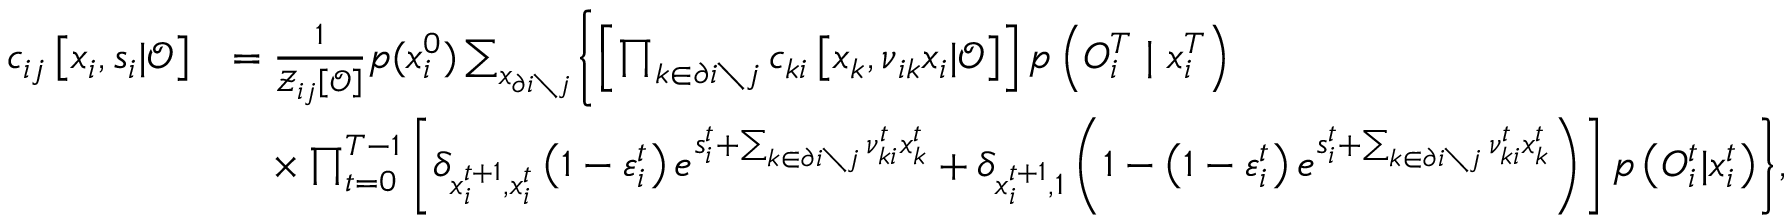
\begin{array} { r l } { c _ { i j } \left[ \boldsymbol { x } _ { i } , \boldsymbol { s } _ { i } | \boldsymbol { \mathcal { O } } \right] } & { = \frac { 1 } { \mathcal { Z } _ { i j } \left[ \boldsymbol { \mathcal { O } } \right] } p ( x _ { i } ^ { 0 } ) \sum _ { \boldsymbol { x } _ { \partial i \setminus j } } \Biggl \{ \left[ \prod _ { k \in \partial i \setminus j } c _ { k i } \left[ \boldsymbol { x } _ { k } , \boldsymbol { \nu } _ { i k } \boldsymbol { x } _ { i } | \boldsymbol { \mathcal { O } } \right] \right] p \left( { O } _ { i } ^ { T } \mid x _ { i } ^ { T } \right) } \\ & { \quad \times \prod _ { t = 0 } ^ { T - 1 } \left[ \delta _ { x _ { i } ^ { t + 1 } , x _ { i } ^ { t } } \left( 1 - \varepsilon _ { i } ^ { t } \right) e ^ { s _ { i } ^ { t } + \sum _ { k \in \partial i \setminus j } \nu _ { k i } ^ { t } x _ { k } ^ { t } } + \delta _ { x _ { i } ^ { t + 1 } , 1 } \left( 1 - \left( 1 - \varepsilon _ { i } ^ { t } \right) e ^ { s _ { i } ^ { t } + \sum _ { k \in \partial i \setminus j } \nu _ { k i } ^ { t } x _ { k } ^ { t } } \right) \right] p \left( { O } _ { i } ^ { t } | x _ { i } ^ { t } \right) \Biggr \} , } \end{array}